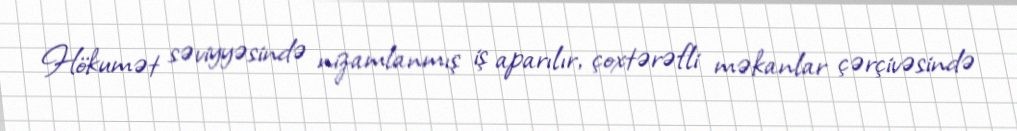
Hökumət səviyyəsində nizamlanmış iş aparılır, çoxtərəfli məkanlar çərçivəsində